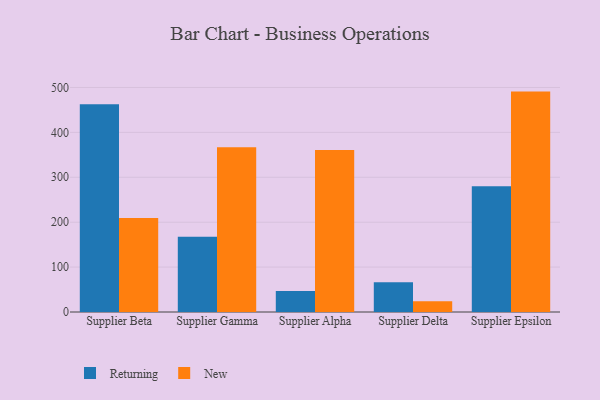
{"axis": {"x": "Supplier", "y": "Shipments"}, "legend": ["New", "Returning"], "data": [{"x": "Supplier Beta", "y": 462.9, "type": "Returning"}, {"x": "Supplier Beta", "y": 209.4, "type": "New"}, {"x": "Supplier Gamma", "y": 167.3, "type": "Returning"}, {"x": "Supplier Gamma", "y": 367.1, "type": "New"}, {"x": "Supplier Alpha", "y": 46.8, "type": "Returning"}, {"x": "Supplier Alpha", "y": 361.0, "type": "New"}, {"x": "Supplier Delta", "y": 66.3, "type": "Returning"}, {"x": "Supplier Delta", "y": 23.8, "type": "New"}, {"x": "Supplier Epsilon", "y": 279.8, "type": "Returning"}, {"x": "Supplier Epsilon", "y": 490.8, "type": "New"}]}